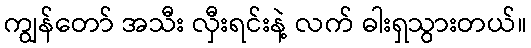
ကျွန်တော် အသီး လှီးရင်းနဲ့ လက် ဓါးရှသွားတယ်။